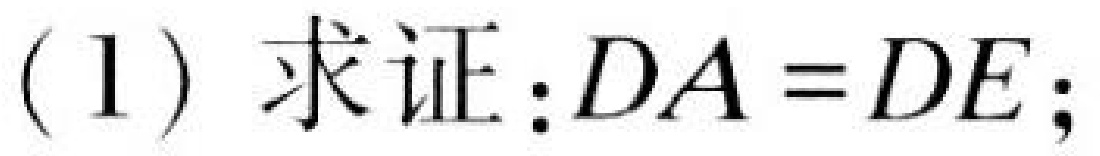
(1) 求证：$DA = DE$；